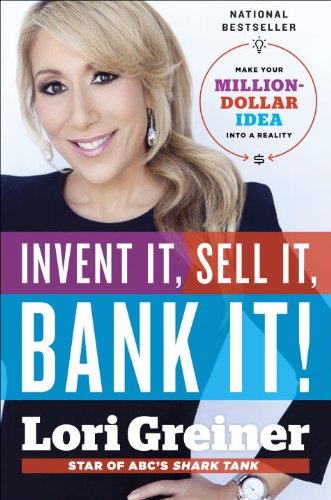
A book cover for Invent It, Sell It, Bank It!: Make Your Million-Dollar Idea into a Reality; Lori Greiner; Arts & Photography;